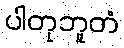
ပါတုဘူတံ